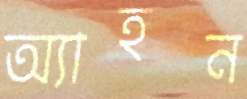
অ্যাহন